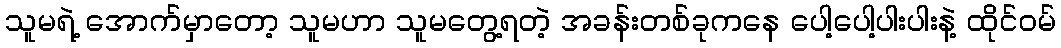
သူမရဲ့ အောက်မှာတော့ သူမဟာ သူမတွေ့ရတဲ့ အခန်းတစ်ခုကနေ ပေါ့ပေါ့ပါးပါးနဲ့ ထိုင်ဝမ်